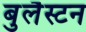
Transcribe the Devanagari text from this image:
बुलैस्टन